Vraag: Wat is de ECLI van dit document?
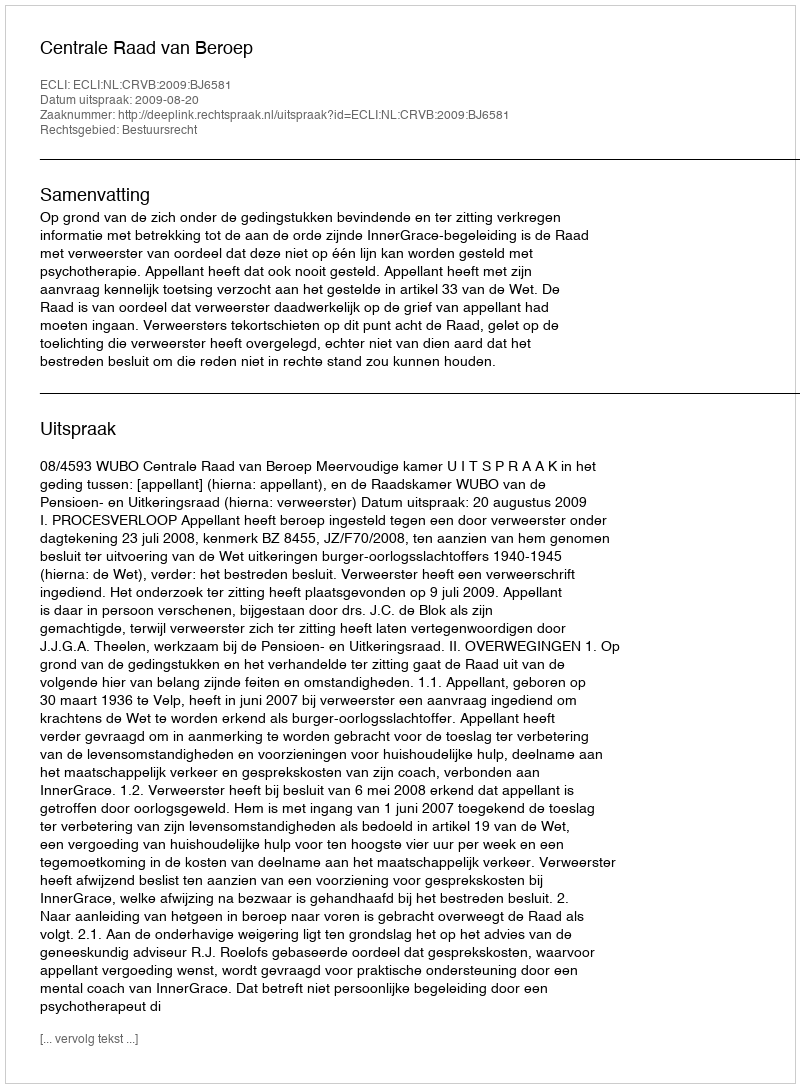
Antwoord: ECLI:NL:CRVB:2009:BJ6581